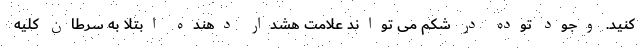
کنید. وجود توده در شکم می تواند علامت هشدار دهنده ابتلا به سرطان کلیه